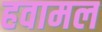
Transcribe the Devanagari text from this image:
हवामल